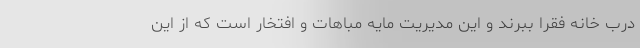
درب خانه فقرا ببرند و این مدیریت مایه مباهات و افتخار است که از این